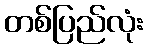
တစ်ပြည်လုံး